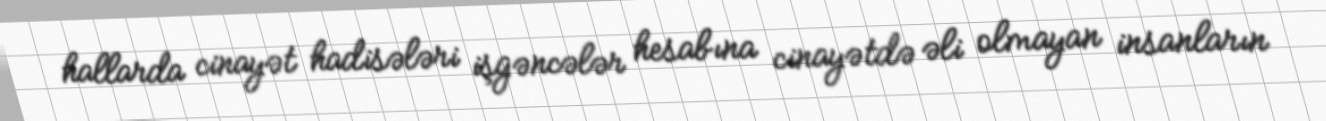
hallarda cinayət hadisələri işgəncələr hesabına cinayətdə əli olmayan insanların